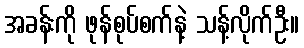
အခန်းကို ဖုန်စုပ်စက်နဲ့ သန့်လိုက်ဦး။